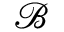
\mathcal { B }